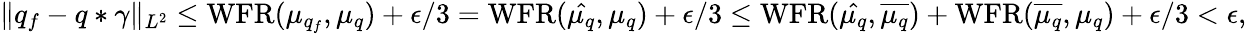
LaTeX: \| q_{f}-q*\gamma\| _{L^{2}}\leq\operatorname{WFR}(\mu_{q_{f}},\mu_{q})+\epsilon/3=\operatorname{WFR}(\hat{\mu_{q}},\mu_{q})+\epsilon/3\leq\operatorname{WFR}(\hat{\mu_{q}},\overline{{\mu_{q}}})+\operatorname{WFR}(\overline{{\mu_{q}}},\mu_{q})+\epsilon/3<\epsilon,